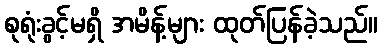
စုရုံးခွင့်မရှိ အမိန့်များ ထုတ်ပြန်ခဲ့သည်။